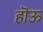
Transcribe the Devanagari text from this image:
हॊऊ